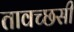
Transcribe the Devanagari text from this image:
तावच्छसी